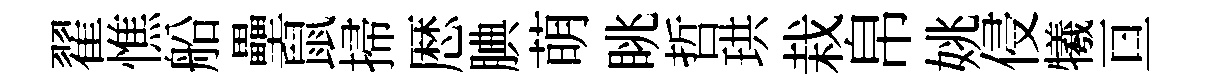
翟憔船壘鼠掃厯腆萌眺哲珙栽帛姚侵犧亘